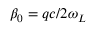
\beta _ { 0 } = q c / 2 \omega _ { L }